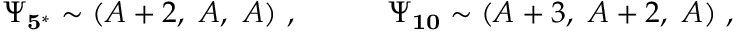
\Psi _ { \bf 5 ^ { * } } \sim ( A + 2 , \ A , \ A ) \ , \quad \qquad \Psi _ { \bf 1 0 } \sim ( A + 3 , \ A + 2 , \ A ) \ ,